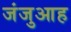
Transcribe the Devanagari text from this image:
जंजुआह